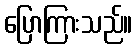
ပြောကြားသည်။